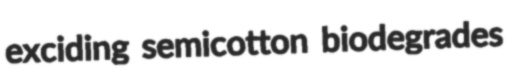
exciding semicotton biodegrades